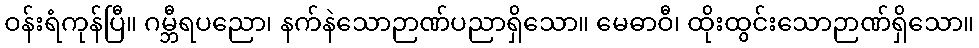
ဝန်းရံကုန်ပြီ။ ဂမ္ဘီရပညော၊ နက်နဲသောဉာဏ်ပညာရှိသော။ မေဓာဝီ၊ ထိုးထွင်းသောဉာဏ်ရှိသော။